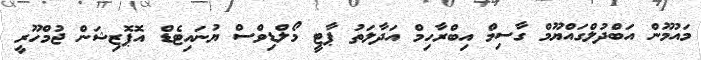
މައުމޫން އަބްދުލްގައްޔޫމް ގާސިމް އިބްރާހިމް އަދާލަތު ޕާޓީ މޯލްޑިވްސް ޔުނައިޓެޑް އޮޕޮޒިޝަން ޖުމްހޫރީ